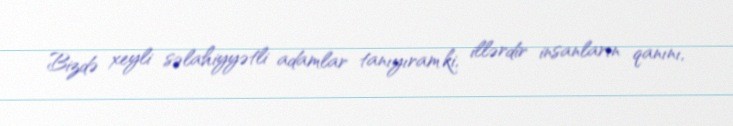
Bizdə xeyli səlahiyyətli adamlar tanıyıram ki, illərdir insanların qanını,